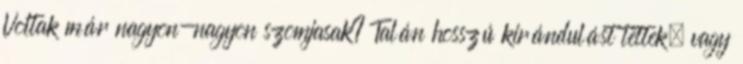
Voltak már nagyon-nagyon szomjasak? Talán hosszú kirándulást tettek, vagy